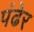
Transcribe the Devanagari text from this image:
पंढेर